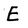
Character: E